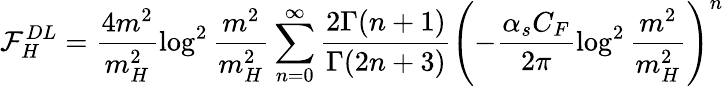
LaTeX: {\cal F}_{H}^{DL}=\frac{4m^{2}}{m_{H}^{2}}\log^{2}\frac{m^{2}}{m_{H}^{2}}\sum_{n=0}^{\infty}\frac{2\Gamma(n+1)}{\Gamma(2n+3)}\left(-\frac{\alpha_{s}C_{F}}{2\pi}\log^{2}\frac{m^{2}}{m_{H}^{2}}\right)^{n}